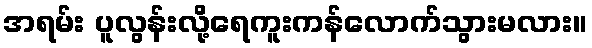
အရမ်း ပူလွန်းလို့ရေကူးကန်လောက်သွားမလား။